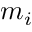
m _ { i }